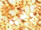
ولديها